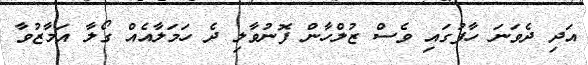
އަދި ދެވަނަ ހާފުގައި ވެސް ޒުލްހާން ފޮނުވާލި ދެ ހަމަލާއެއް ގޯލާ އަމާޒުވާ